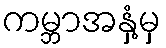
ကမ္ဘာအနှံ့မှ